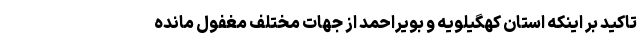
تاکید بر اینکه استان کهگیلویه و بویراحمد از جهات مختلف مغفول مانده